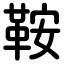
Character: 鞍